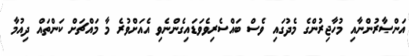
އަންޞާރުންނާއި މުހާޖިރުންގެ މެދުގައި ވެސް ބައްސެރިވެވަޑައިގެންނެވި އެއަށްވުރެ މާ މައްޗަށް ކަންތައް ދިއުމާ